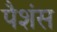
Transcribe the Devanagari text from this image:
पैशंस